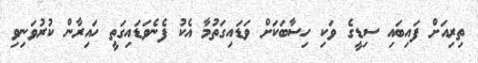
ތިރިއަށް ފައިބައި ސިޑީގެ ވަކި ހިސާބަކަށް ވަޑައިގަތުމާ އެކު ފެނެވަޑައިގަތީ ހައިރާން ކުރުވަނިވި